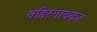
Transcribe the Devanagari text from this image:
बहिरगावकर